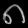
Digit: ၈